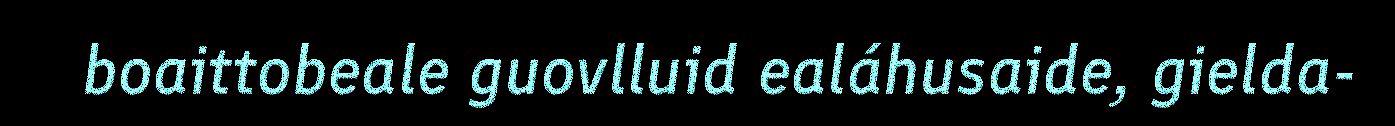
boaittobeale guovlluid ealáhusaide, gielda-